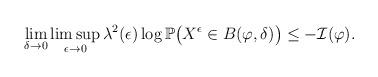
LaTeX: \begin{align*}\lim_{\delta\to0}\limsup_{\epsilon\to0}\lambda^2(\epsilon)\log\mathbb P\big(X^{\epsilon}\in B(\varphi,\delta)\big) \leq -\mathcal{I}(\varphi).\end{align*}